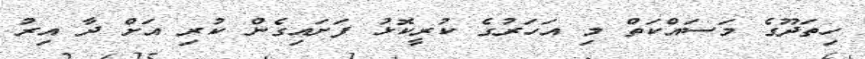
ހިތަދޫގެ މަސައްކަތް މި އަހަރުގެ ކުރީކޮޅު ފަށައިގެން ކުރި އަށް ދާ އިރު